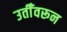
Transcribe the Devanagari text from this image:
उतीँवरून